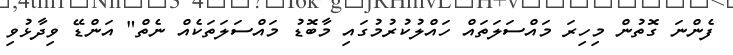
ފެންނަ ގޮތުން މިހިރަ މައްސަލަތައް ހައްލުކުރުމުގައި މާބޮޑު މައްސަލަތަކެއް ނެތް" އަންޑޭ ވިދާޅުވި